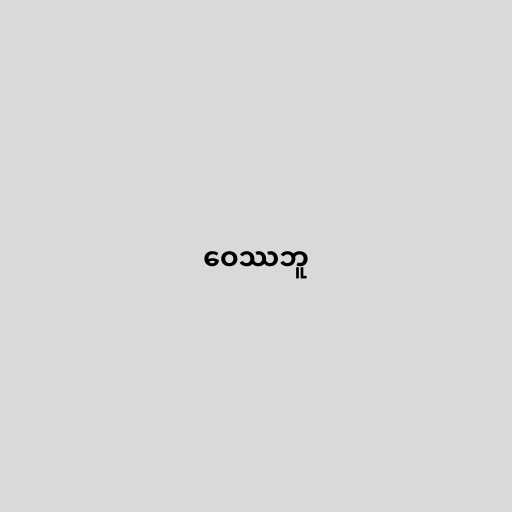
ဝေဿဘူ